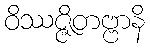
ဝိဿဇ္ဇိတဗ္ဗာနိ